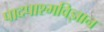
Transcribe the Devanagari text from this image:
पादपाश्मविज्ञान